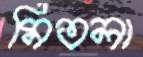
মিতলা